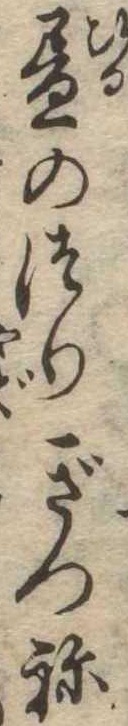
昼のつりぎつね